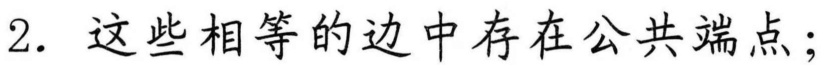
2. 这些相等的边中存在公共端点；